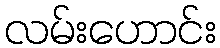
လမ်းဟောင်း